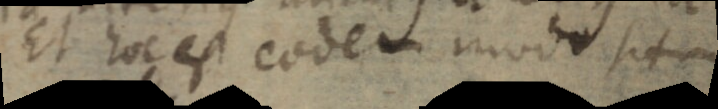
Et hoc est eodem modo situm